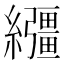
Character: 𦇤